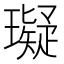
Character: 𤪦